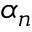
\alpha _ { n }